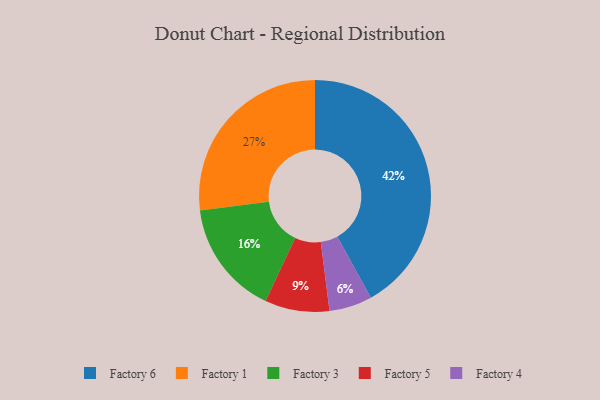
{"axis": {"x": "Category", "y": "Percentage"}, "legend": ["Factory 1", "Factory 3", "Factory 4", "Factory 5", "Factory 6"], "data": [{"x": "Factory 4", "y": 6, "type": "Factory 4"}, {"x": "Factory 3", "y": 16, "type": "Factory 3"}, {"x": "Factory 5", "y": 9, "type": "Factory 5"}, {"x": "Factory 1", "y": 27, "type": "Factory 1"}, {"x": "Factory 6", "y": 42, "type": "Factory 6"}]}